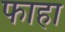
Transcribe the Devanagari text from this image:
फाहा